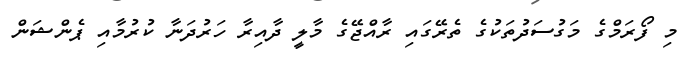
މި ފޯރަމްގެ މަގުސަދުތަކުގެ ތެރޭގައި ރާއްޖޭގެ މާލީ ދާއިރާ ހަރުދަނާ ކުރުމާއި ޕެންޝަން